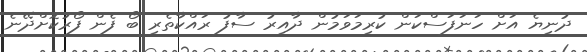
ދުނިޔެ އަށް ހަނަފަސްކަން ކުރިމަވަމުން ދާއިރު ސާފު ރައްކާތެރި ބޯ ފެން ފޯރުކޮށްދޭނެ